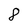
Character: 8